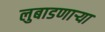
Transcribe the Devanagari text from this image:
लुबाडणाऱ्या